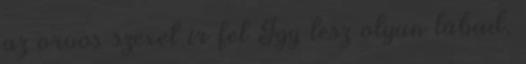
az orvos szexet ír fel Így lesz olyan lábad,